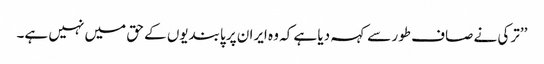
’’ترکی نے صاف طور سے کہہ دیا ہے کہ وہ ایران پر پابندیوں کے حق میں نہیں ہے۔